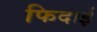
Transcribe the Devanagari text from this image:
फिदाई